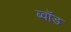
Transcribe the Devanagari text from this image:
ब्वॉड